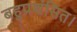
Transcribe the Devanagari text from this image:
बहुप्रशंसित।